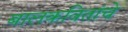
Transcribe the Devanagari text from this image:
बालकवितांचे